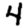
Digit: 4